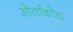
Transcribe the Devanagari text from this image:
ओर्ताकोय